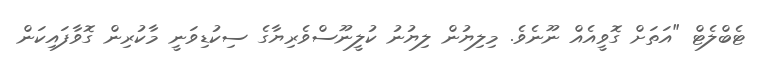
ޓެބްލެޓް "އަތަށް ގޮވީއެއް ނޫނެވެ. މިލިޔުން ލިޔުނު ކުލީނޫސްވެރިޔާގެ ސިކުޑިވަނީ މާކުރިން ގޮވާފައިކަން